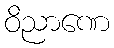
ဝိညာဏေ